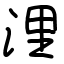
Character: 浬